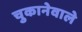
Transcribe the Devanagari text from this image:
चुकानेवाले